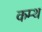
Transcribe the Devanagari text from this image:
कम्थ